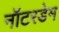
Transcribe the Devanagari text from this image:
नॉटरडेम